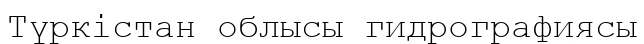
Түркістан облысы гидрографиясы